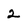
Character: 2